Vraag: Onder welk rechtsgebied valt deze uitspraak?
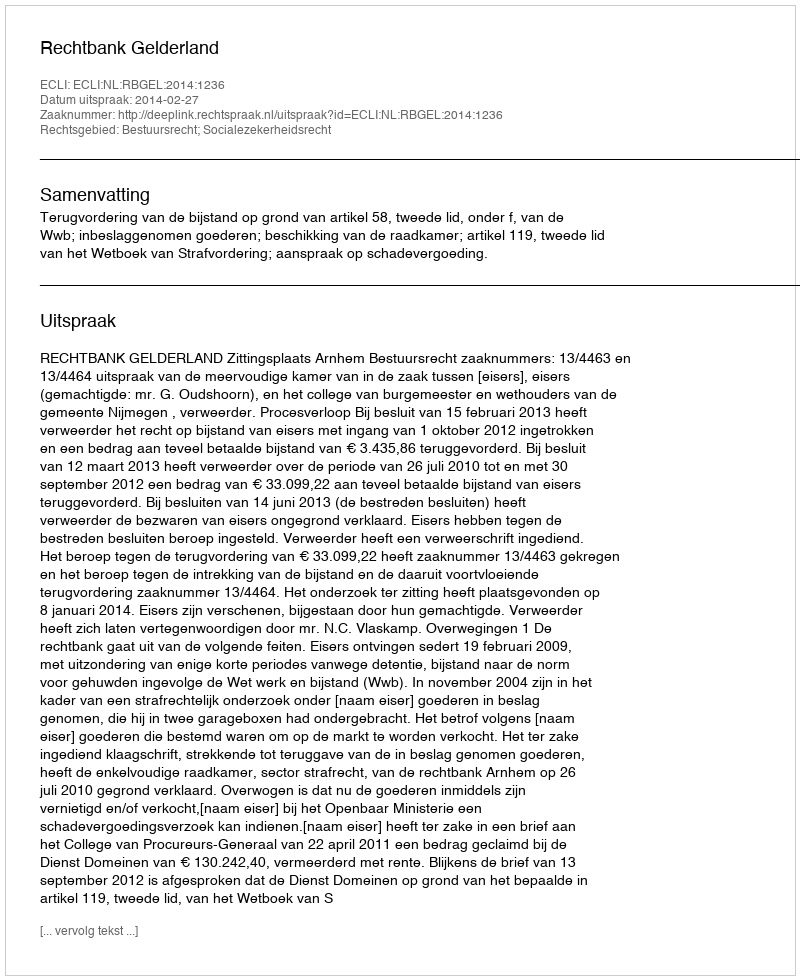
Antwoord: Bestuursrecht; Socialezekerheidsrecht